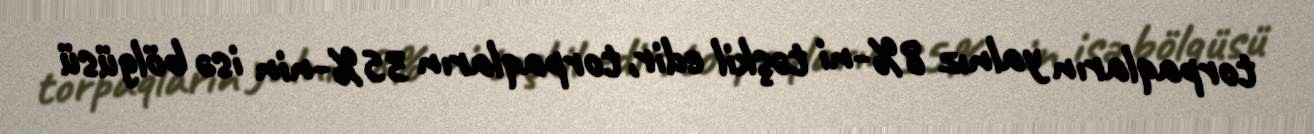
torpaqların yalnız 8%-ni təşkil edir, torpaqların 35%-nin isə bölgüsü